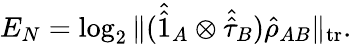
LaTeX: E_{N}=\log_{2}\| (\hat{\hat{1}}_{A}\otimes\hat{\hat{\tau}}_{B})\hat{\rho}_{AB}\| _{\textrm{tr}}.